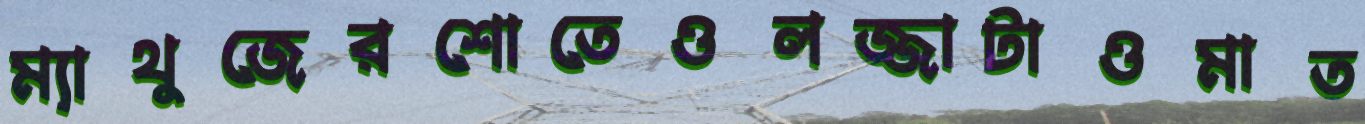
ম্যাথুজেরশোতেওলজ্জাটাওমাত